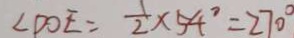
\angle D O E = \frac { 1 } { 2 } \times 5 4 ^ { \circ } = 2 7 0 ^ { \circ }